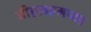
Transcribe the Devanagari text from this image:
जीएसएमच्या